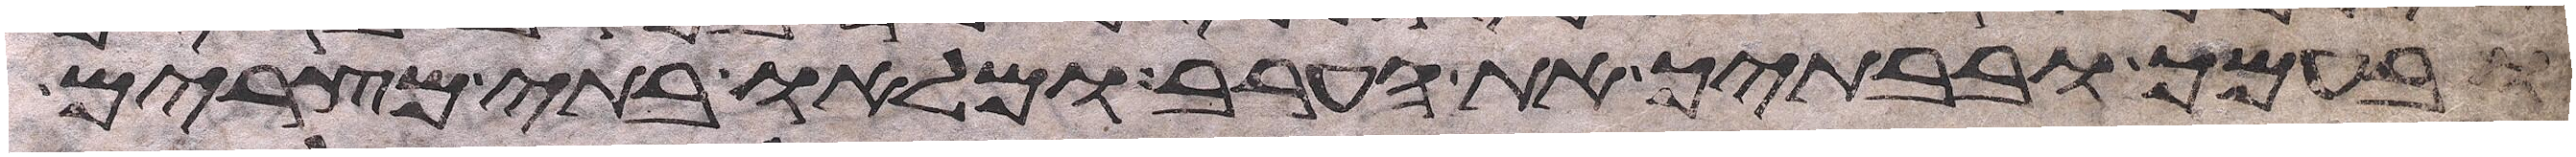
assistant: ובעמך ובבתיך את הערב ומלאו בתי מצרים